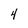
Character: 4